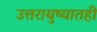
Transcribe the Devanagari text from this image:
उत्तरायुष्यातही